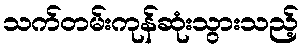
သက်တမ်းကုန်ဆုံးသွားသည့်